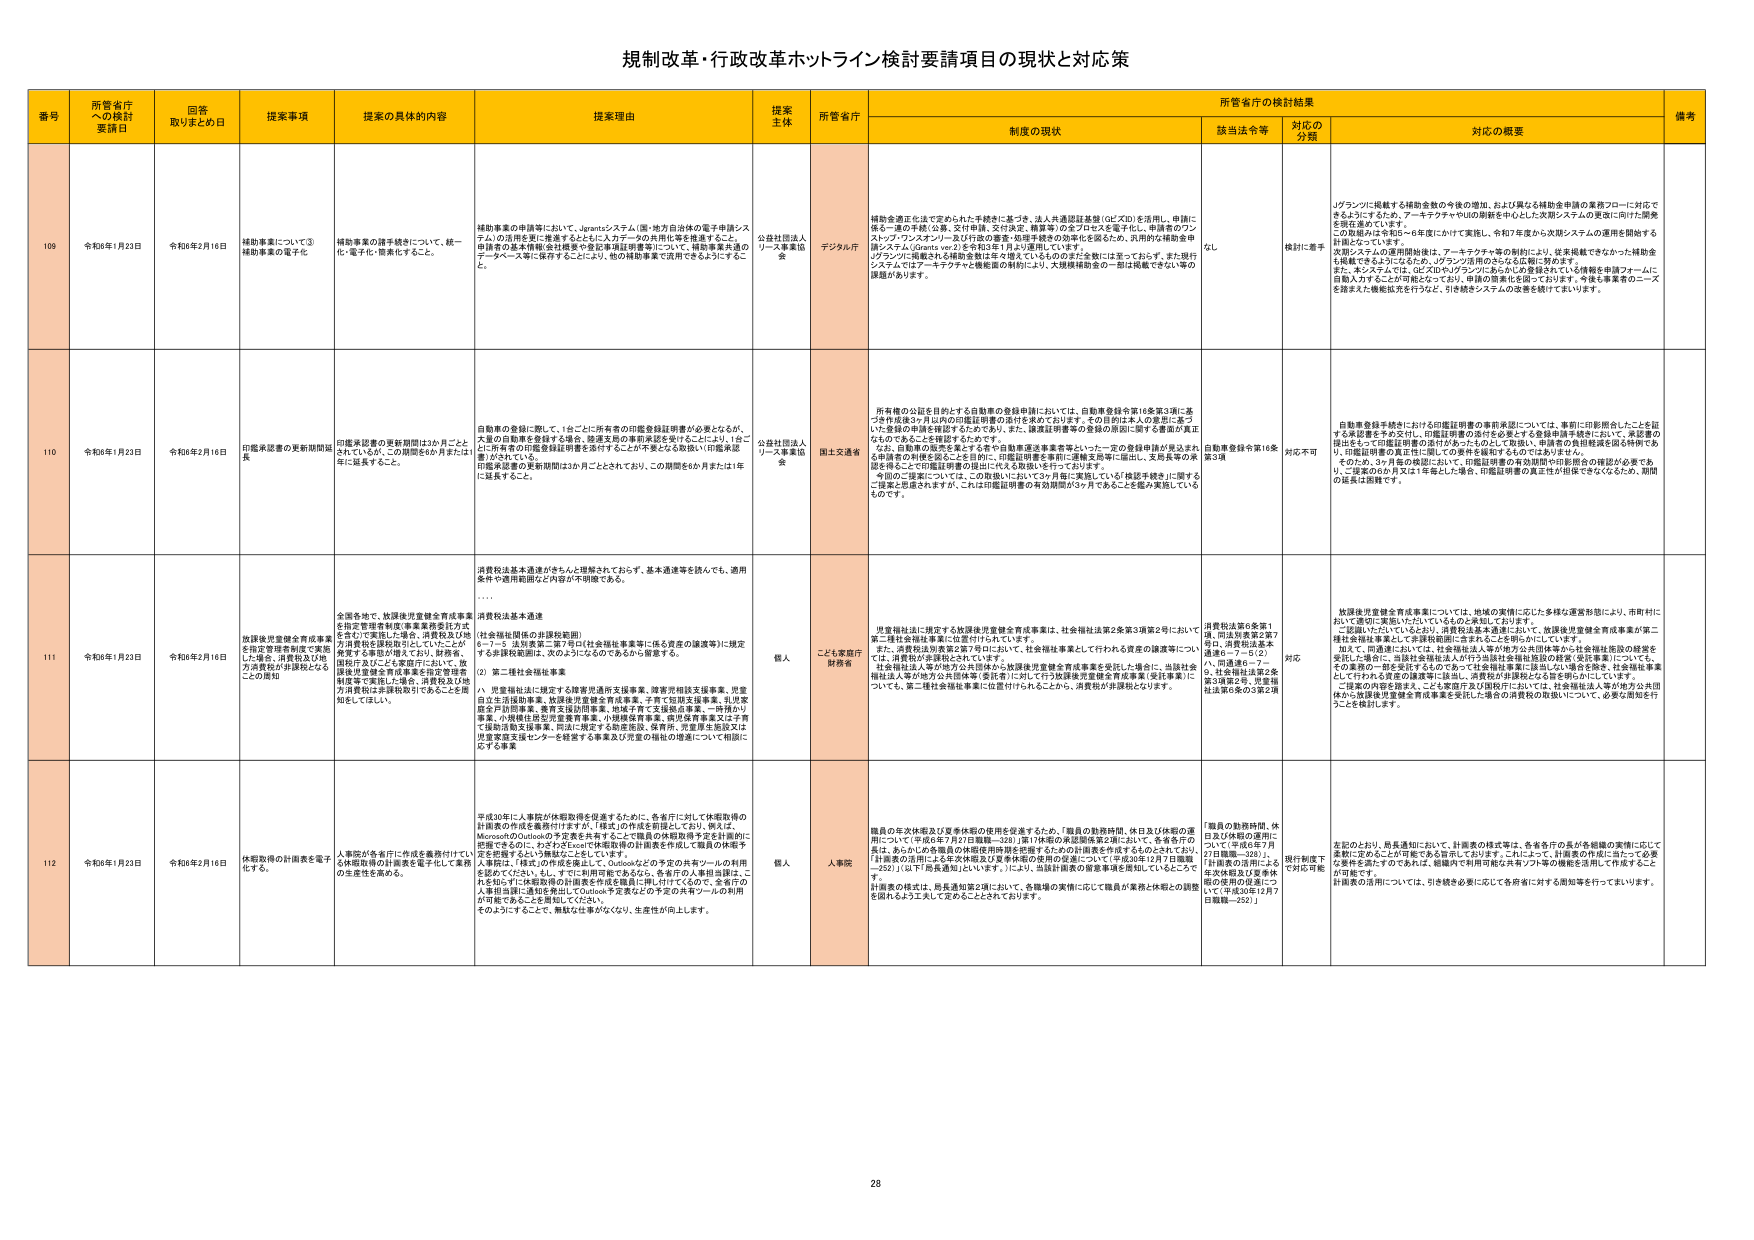
規制改革・行政改革ホットライン検討要請項目の現状と対応策

番号 所管省庁への検討要請日 回答取りまとめ日 提案事項 提案の具体的内容 提案理由 提案主体 所管省庁 制度の現状 該当法令等 対応の分類 対応の概要 備考

109 令和6年1月23日 令和6年2月16日 補助事業について③補助事業の電子化 補助事業の請手検索について、統一化・電子化・簡素化すること。 補助事業の申請等において、Jprantsシステム（案）地方自治体の電子申請システム）の活用を更に推進するとともに、入力データの共用化等を推進すること。申請者の基本情報（会社概要や登記事項証明書等）について、補助事業共通のデータベース等に保存することにより、他の補助事業で活用できるようにすること。 公益社団法人リース事業協会 デジタル庁 補助金適正化法で定められた手続に基づき、法人共通認証基盤（GCXID）を活用し、申請に係る一連の手続（公募、交付申請、交付決定、精算等）の全プロセスを電子化し、申請者のワンストップワンスキャン（及び行政の審査・処理手続等の効率化を図るため、汎用的な補助金申請システム（Jprants ver.2）を令和3年1月より運用しています。 Jプランツに掲載される補助金数は年々増えているもののまだ全数には達しておらず、また現行システムではアーキテクチャや機能面の制約により、大規模補助金の一部は掲載できない等の課題があります。 なし 検討に着手 Jプランツに掲載する補助金数の今後の増加、および異なる補助金申請の業務フローに対応できるようにするため、アーキテクチャやUIの刷新を中心とした次期システムの更新に向けた開発を現在進めています。 この開発は2年間5～6年度にかけて実施し、令和7年度から次期システムの運用を開始する計画となっています。 次期システムの運用開始後は、アーキテクチャ等の制約により、従来掲載できなかった補助金も掲載できるようになるため、Jプランツ活用のさらなる広報に努めます。 また、本システムでは、GCXIDやJプランツにあらかじめ登録されている情報を申請フォームに自動入力することが可能となっており、申請の簡素化を図っております。今後も事業者のニーズを踏まえた機能拡充を行なえど、引き続きシステムの改善を続けてまいります。

110 令和6年1月23日 令和6年2月16日 印鑑承認書の更新期間延長 印鑑承認書の更新期間は3か月ごととされているが、この期間を6か月または1年に延長すること。 自動車の登録に際して、1台ごとに所有者の印鑑登録証明書が必要となるが、大量の自動車を登録する公募、融資支給の事前承認を受けることにより、1台ごとに所有者の印鑑登録証明書を添付することが不要となる取扱い（印鑑承認書）がされている。 印鑑承認書の更新期間は3か月ごととされており、この期間を6か月または1年に延長すること。 公益社団法人リース事業協会 国土交通省 所有権の公示を目的とする自動車の登録申請においては、自動車登録令第16条第3項に基づき作成後3ヶ月以内の印鑑証明書の添付を求めております。その目的は本人の意思に基づいた金銭の申請を確認するためであり、また、譲渡証明書等の登録の際誤り等の事由が真正なものであることを確認するためです。 なお、自動車の販売業者である者や自動車運送事業者等といった一定の登録申請が発生する申請者の利便を図ることを目的に、印鑑証明書を原則一通換支票等に提出し、支票実業の承認を得ることで印鑑証明書の提出に代える取扱いを行っております。 今回のご提案については、この取扱いにおいて3ヶ月毎に実施している「検証手続」に相当するご提案と認識されますが、これは印鑑証明書の有効期間が3ヶ月であることを踏ま実施しているものです。 自動車登録令第16条第3項 対応不可 自動車登録手続における印鑑証明書の事前承認については、事前に印影照合したことを証する承認書を予め交付し、印鑑証明書の添付を必要とする登録申請手続において、承認書の提出をもって印鑑証明書の添付が免されるものとしており、申請者の負担軽減を図る特例である。印鑑証明書の真正性に関しての要件を緩和するものではありません。 そのため、3ヶ月毎の確認において、印鑑証明書の有効期間や印影照合の確認が必要であり、ご提案の6か月又は1年毎とした場合、印鑑証明書の真正性が担保できなくなるため、期間の延長は困難です。

111 令和6年1月23日 令和6年2月16日 放課後児童健全育成事業を指定管理者制度で実施した場合、消費税及び地方消費税が非課税となることの周知 全国各地で、放課後児童健全育成事業を指定管理者制度（事業業務委託方式を含む）で実施した場合、消費税及び地方消費税を課税処理としていたことが実業する事態が増えており、財務省、国税庁等によっては要望が出ており、放課後児童健全育成事業を指定管理者制度等で実施した場合、消費税及び地方消費税は非課税取引であることを周知をしてほしい。 消費税法基本通達がきちんと理解されておらず、基本通達等を読んでも、適用条件や適用範囲など内容が不明確である。 …… 消費税法基本通達 （社会福祉関係の非課税範囲） 6－7－5 法別表第二第7号①（社会福祉事業等に係る資産の譲渡等）に規定する非課税範囲は、次のようになるのであから留意する。 ② 第二種社会福祉事業 ハ 児童福祉法に規定する障害児通所支援事業、障害児相談支援事業、児童自立生活援助事業、放課後児童健全育成事業、子育て短期支援事業、乳児家庭全戸訪問事業、養育支援訪問事業、地域子育て支援拠点事業、一時預かり事業、小規模住居型児童養育事業、小規模保育事業、病児保育事業又は子育て援助活動支援事業、平成に指定する幼児保育、保育所、児童厚生施設又は児童家庭支援センターを経営する事業及び児童の福祉の増進について相談に応ずる事業 個人 ことし県銀行財務省 児童福祉法に規定する放課後児童健全育成事業は、社会福祉法第2条第3項第2号において、第二種社会福祉事業に位置付けられています。 また、消費税法別表第二第7号①において、社会福祉事業として行われる譲渡等については、消費税が非課税とされています。 社会福祉法人等が地方公共団体から放課後児童健全育成事業を受託した場合に、当該社会福祉法人等が地方公共団体等（委託者）に対して行う放課後児童健全育成事業（委託事業）については、第二種社会福祉事業に位置付けられることから、消費税が非課税となります。 消費税法第6条第1項、同法別表第2第7号①、消費税法基本通達6－7－5① ハ、同通達6－7－ 9、社会福祉法第2条第3項第2号、児童福祉法第6条の3第2項 対応 放課後児童健全育成事業については、地域の実情に応じた多様な運営形態により、市町村において適切に実施いただいているものと承知しております。 ご記録いただいてもよいが、消費税法基本通達において、放課後児童健全育成事業が第二種社会福祉事業として非課税範囲に含まれることを明らかにしています。 加えて、同通達においては、社会福祉法人等が地方公共団体等から社会福祉施設の経営を受託した場合に、当該社会福祉法人が行う当該社会福祉施設の経営（委託事業）についても、その業務の一部を委託するものであって社会福祉事業に該当しない場合を除き、社会福祉事業として行われる資産の譲渡等に該当し、消費税が非課税となる旨を明らかにしています。 ご提案の内容を踏まえ、この度国庁及び国税庁においては、社会福祉法人等が地方公共団体から放課後児童健全育成事業を受託した場合の消費税の取扱いについて、必要な周知を行うことを検討します。

112 令和6年1月23日 令和6年2月16日 休暇取得の計画表を電子化する。 人事院が各省庁に作成を義務付けている休暇取得の計画表を電子化して業務の生産性を高める。 平成30年に人事院が休暇取得を促進するために、各省庁に対して休暇取得の計画表の作成を義務付けますが、「様式」の作成を前提としており、例えば、MicrosoftのOutlookの予定表を共有することで職員の休暇取得予定を計画的に把握できるのに、わずか2Excelで休暇取得の計画表を作成して職員の休暇予定を把握するという構成になっています。 人事院は、「様式」の作成を廃止して、Outlookなどの予定の共有ツールの利用を認めてください。もし、すでに利用可能であるなら、各省庁の人事担当課は、これを知らずに休暇取得の計画表を作成を職員に押し付けてくるので、全省庁の人事担当課に通知を発出し、Outlook等を職員に予定の共有ツールの利用が可能であることを周知してください。 そのようにすることで、無駄な仕事がなくなり、生産性が向上します。 個人 人事院 職員の年次休暇及び夏季休暇の使用を促進するため、「職員の勤務時間、休日及び休暇の運用について（平成6年7月7日職職－232）」（第1号様式の承認関係等）において、各省庁の職員は、あらかじめ各職員の休暇使用時間を把握するための計画表を作成するものとされており、「計画表の活用による年次休暇及び夏季休暇の使用の促進について（平成30年12月7日職職－252）」（以下「局長通知」という。）により、当該計画表の留意事項を周知しているところです。 計画表の様式は、局長通知第2項において、各職場の実情に応じて職員が業務と休暇との調整を図れるよう工夫して定めることがされております。 「職員の勤務時間、休日及び休暇の運用について（平成6年7月27日職職－232）」、「計画表の活用による年次休暇及び夏季休暇の使用の促進について（平成30年12月7日職職－252）」 現行制度下で対応可能 を記のとおり、局長通知において、計画表の様式等は、各省庁の長が各職場の実情に応じて柔軟に定めることが可能である旨明しております。これによって、計画表の作成に当たって必要な要件を満たすのであれば、職場内で利用可能な共有ツール等の機能を活用して作成することが可能です。 計画表の活用については、引き続き必要に応じて各府省に対する周知等を行ってまいります。

28